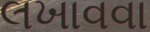
લખાવવા